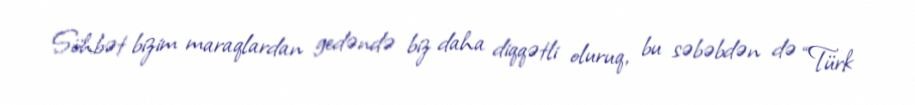
Söhbət bizim maraqlardan gedəndə biz daha diqqətli oluruq, bu səbəbdən də “Türk